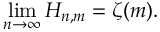
\operatorname* { l i m } _ { n \rightarrow \infty } H _ { n , m } = \zeta ( m ) .